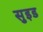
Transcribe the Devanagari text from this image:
सुइड